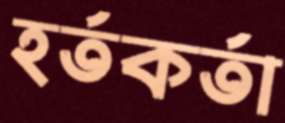
হর্তকর্তা